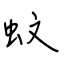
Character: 蚊